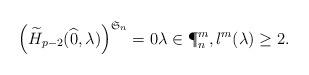
LaTeX: \begin{align*}\Big(\widetilde{H}_{p-2} (\widehat{0},\lambda)\Big)^{\mathfrak{S}_n} =0 \lambda \in \P^m_n, l^{m}(\lambda) \geq 2. \end{align*}